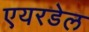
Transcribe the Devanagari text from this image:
एयरडेल